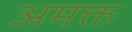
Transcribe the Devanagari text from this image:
अमक्त